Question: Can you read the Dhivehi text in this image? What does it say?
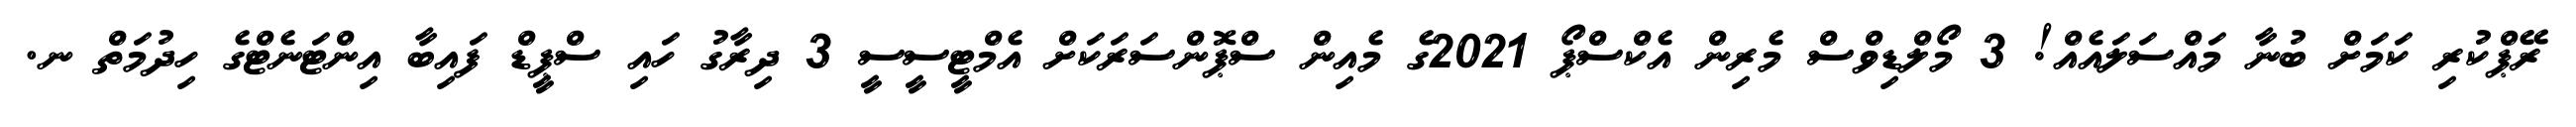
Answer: ރޭޕްކުރި ކަމަށް ބުނާ މައްސަލައެއް! 3 މޯލްޑިވްސް މެރިން އެކްސްޕޯ 2021ގެ މެއިން ސްޕޮންސަރަކަށް އެމްޓީސީސީ 3 ދިރާގު ހައި ސްޕީޑް ފައިބާ އިންޓަނެޓްގެ ހިދުމަތް ނ.